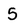
Character: 5